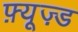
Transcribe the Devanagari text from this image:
फ़्यूज़्ड